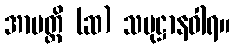
အာပတ္တိ (ဆ) သမုဋ္ဌာနဝါရ။